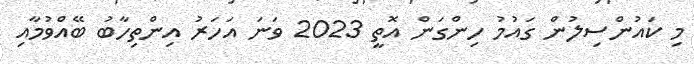
މި ކައުންސިލުން ގައުމު ހިންގަން އޮތީ 2023 ވަނަ އަހަރު އިންތިހާބު ބޭއްްވުމާއި